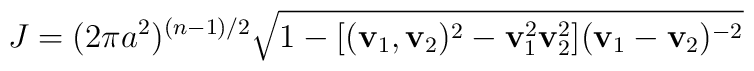
J=(2\pi a^{2})^{(n-1)/2}\sqrt{1-[({\bf v}_1 ,{\bf v}_2 )^{2}- {\bf v}_1^{2}{\bf v}_2^{2}]({\bf v}_1 -{\bf v}_2 )^{-2}}